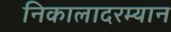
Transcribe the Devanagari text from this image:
निकालादरम्यान